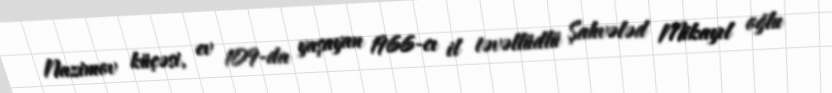
Nazimov küçəsi, ev 109-da yaşayan 1966-cı il təvəllüdlü Şahvələd Mikayıl oğlu